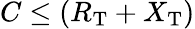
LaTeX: C\leq(R_{\mathrm{T}}+X_{\mathrm{T}})